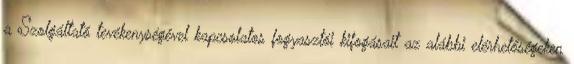
a Szolgáltató tevékenységével kapcsolatos fogyasztói kifogásait az alábbi elérhetőségeken